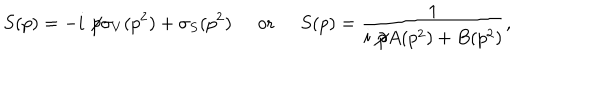
S ( p ) = - i \not \! p \sigma _ { V } ( p ^ { 2 } ) + \sigma _ { S } ( p ^ { 2 } ) \; \; \mathrm { o r } \; \; S ( p ) = \frac { 1 } { i \not \! p A ( p ^ { 2 } ) + B ( p ^ { 2 } ) } ,